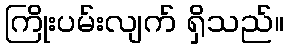
ကြိုးပမ်းလျက် ရှိသည်။